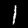
Label: 1